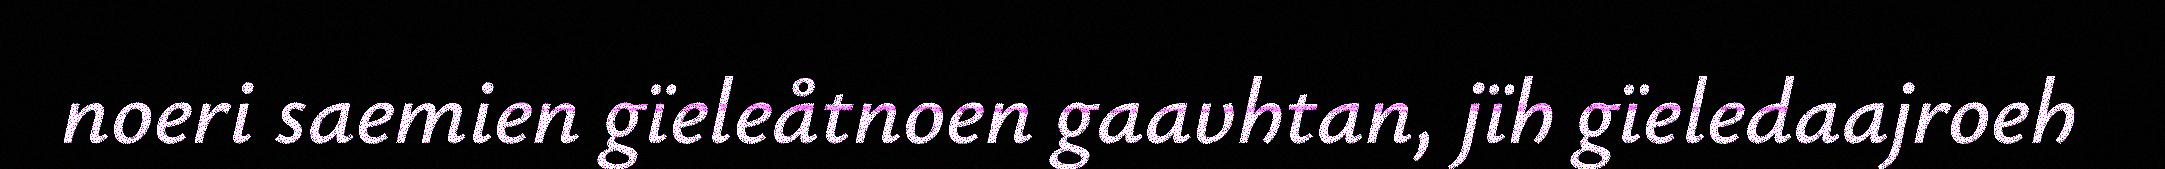
noeri saemien gïeleåtnoen gaavhtan, jïh gïeledaajroeh